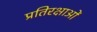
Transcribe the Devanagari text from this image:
प्रतिरक्षाओं